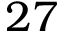
2 7